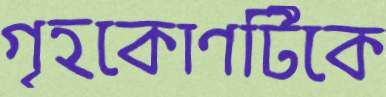
গৃহকোণটিকে